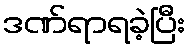
ဒဏ်ရာရခဲ့ပြီး